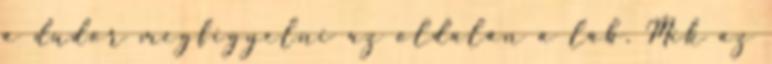
a dudor megfigyelni az oldalán a láb. Mik az